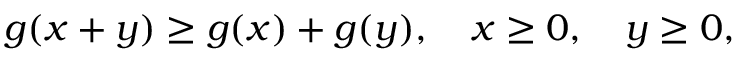
g ( x + y ) \geq g ( x ) + g ( y ) , \quad x \geq 0 , \quad y \geq 0 ,